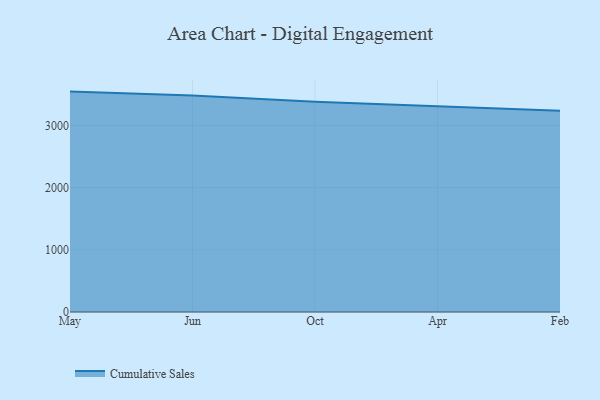
{"axis": {"x": "Month", "y": "Production Output"}, "legend": ["Cumulative Sales"], "data": [{"x": "May", "y": 3542.9, "type": "Cumulative Sales"}, {"x": "Jun", "y": 3480.8, "type": "Cumulative Sales"}, {"x": "Oct", "y": 3378.1, "type": "Cumulative Sales"}, {"x": "Apr", "y": 3308.1, "type": "Cumulative Sales"}, {"x": "Feb", "y": 3236.3, "type": "Cumulative Sales"}]}